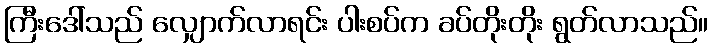
ကြီးဒေါ်သည် လျှောက်လာရင်း ပါးစပ်က ခပ်တိုးတိုး ရွတ်လာသည်။